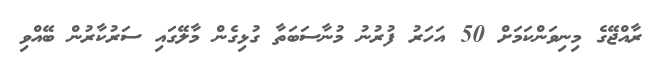
ރާއްޖޭގެ މިނިވަންކަމަށް 50 އަހަރު ފުރުނު މުނާސަބަތާ ގުޅިގެން މާލޭގައި ސަރުކާރުން ބޭއްވި